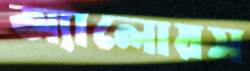
অ্যালোয়স